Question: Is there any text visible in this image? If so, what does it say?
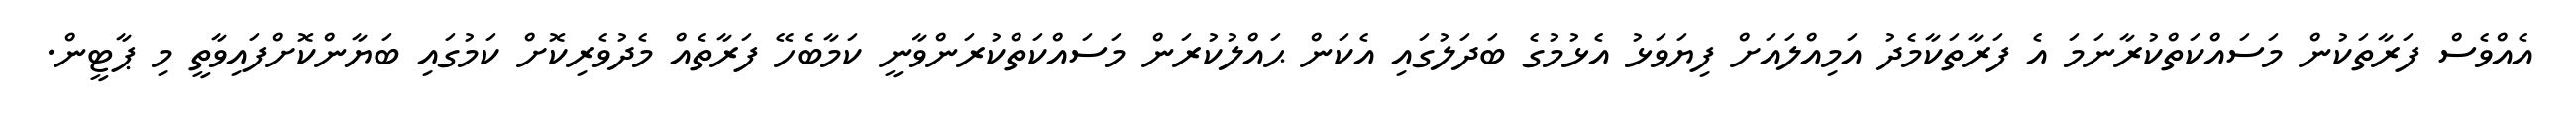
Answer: އެއްވެސް ފަރާތަކުން މަސައްކަތްކުރާނަމަ އެ ފަރާތަކާމެދު އަމިއްލައަށް ފިޔަވަޅު އެޅުމުގެ ބަދަލުގައި އެކަން ޙައްލުކުރަން މަސައްކަތްކުރަންވާނީ ކަމާބެހޭ ފަރާތެއް މެދުވެރިކޮށް ކަމުގައި ބަޔާންކޮށްފައިވާތީ މި ޕާޓީން.